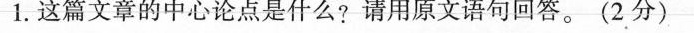
1.这篇文章的中心论点是什么?请用原文语句回答。(2分)